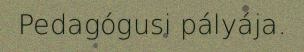
Pedagógusi pályája.